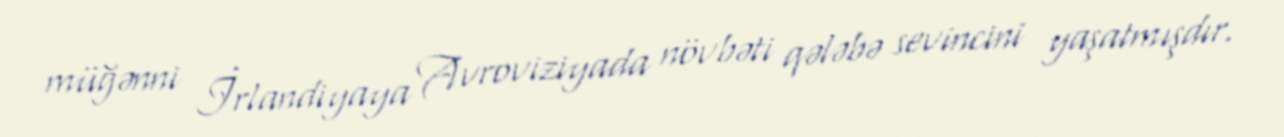
müğənni İrlandiyaya Avroviziyada növbəti qələbə sevincini yaşatmışdır.